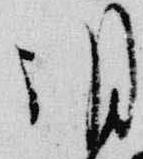
朝